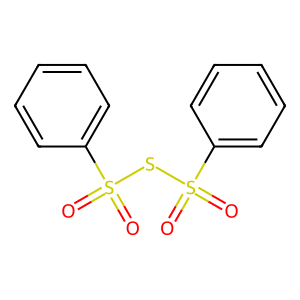
SMILES: O=S(=O)(SS(=O)(=O)c1ccccc1)c1ccccc1
Inhibits HIV replication: No